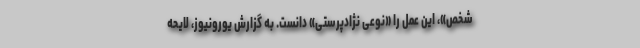
شخص»، این عمل را «نوعی نژادپرستی» دانست. به گزارش یورونیوز، لایحه